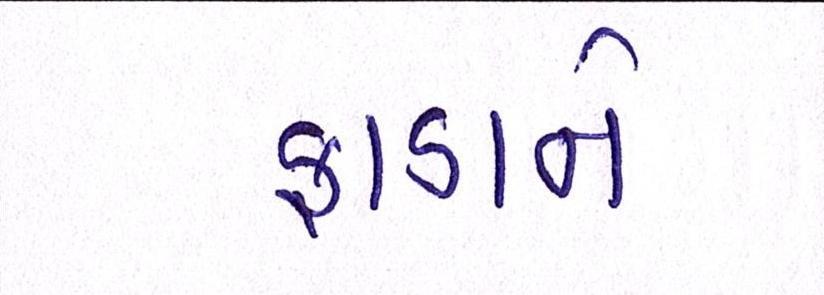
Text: ફાડાને